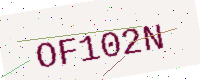
Text: OF102N